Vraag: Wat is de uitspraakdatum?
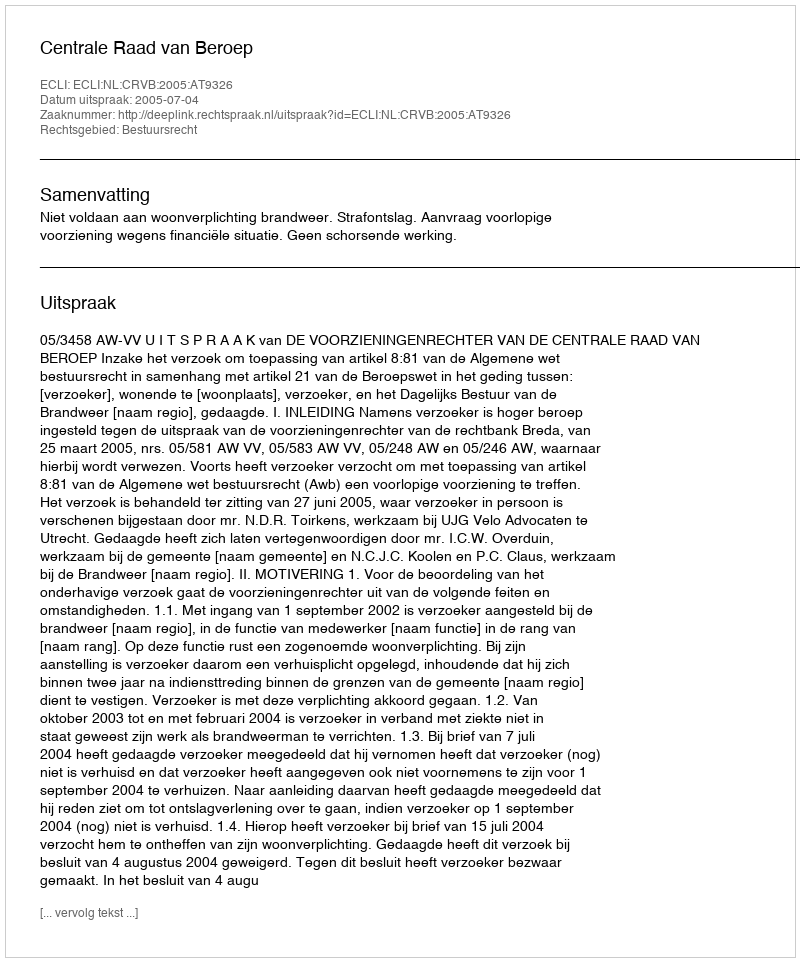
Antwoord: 2005-07-04